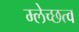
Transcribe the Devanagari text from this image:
म्लेच्छत्व